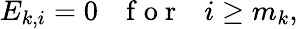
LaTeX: E_{k,i}=0~~~\mathrm{~f~o~r~}~~~i\geq m_{k},